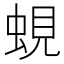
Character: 蜆